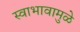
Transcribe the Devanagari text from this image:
स्वाभावामुळे